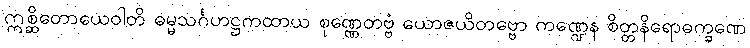
ဣစ္ဆိတောယေဝါတိ ဓမ္မသင်္ဂဟဋ္ဌကထာယ စုဏ္ဏေတဗ္ဗံ ယောဇယိတဗ္ဗော ကဏ္ဍေန စိတ္တနိရောဓက္ခဏေ